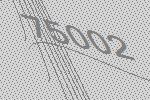
75002